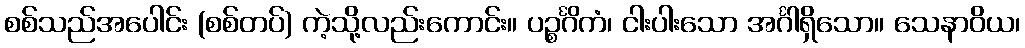
စစ်သည်အပေါင်း (စစ်တပ်) ကဲ့သို့လည်းကောင်း။ ပဉ္စင်္ဂိကံ၊ ငါးပါးသော အင်္ဂါရှိသော။ သေနာဝိယ၊